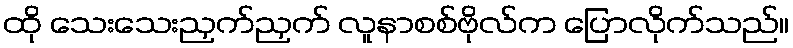
ထို သေးသေးညှက်ညှက် လူနာစစ်ဗိုလ်က ပြောလိုက်သည်။